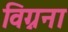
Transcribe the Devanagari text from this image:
विग्नना